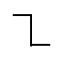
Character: ㇅